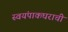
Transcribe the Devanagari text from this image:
स्वयंपाकघराची